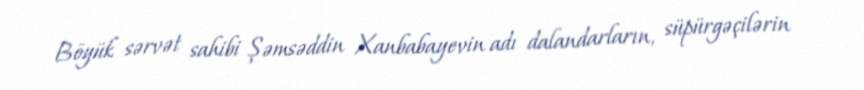
Böyük sərvət sahibi Şəmsəddin Xanbabayevin adı dalandarların, süpürgəçilərin